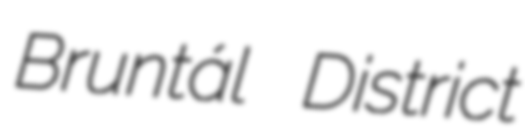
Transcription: Bruntál District